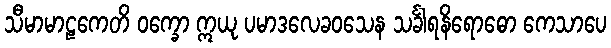
သီမာမာဠကေတိ ဝက္ခော ဣယု ပမာဒလေခဝသေန သင်္ခါရနိရောဓော ကေသာပေ